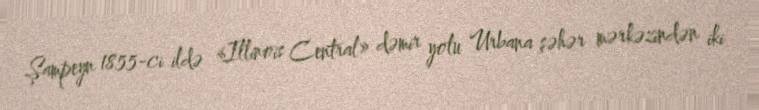
Şampeyn 1855-ci ildə «Illinois Central» dəmir yolu Urbana şəhər mərkəzindən iki